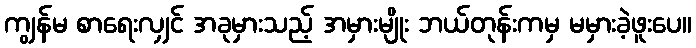
ကျွန်မ စာရေးလျှင် အခုမှားသည့် အမှားမျိုး ဘယ်တုန်းကမှ မမှားခဲ့ဖူးပေ။